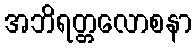
အဘိရတ္တလောစနာ